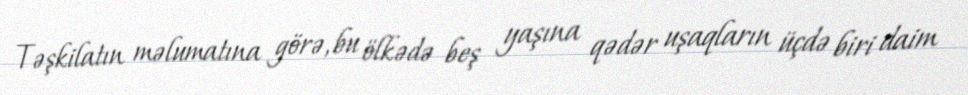
Təşkilatın məlumatına görə, bu ölkədə beş yaşına qədər uşaqların üçdə biri daim